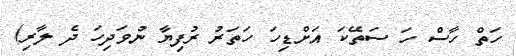
ހަތް ހާސް ހަ ސަތޭކަ އަށްޑިހަ ހަތަރު ރުފިޔާ ނުވަދިހަ ދެ ލާރި)